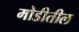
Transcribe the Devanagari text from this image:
मोडीतील